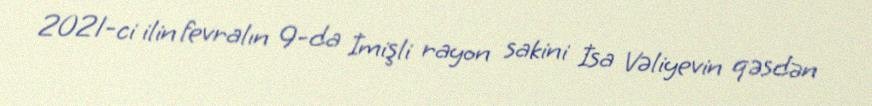
2021-ci ilin fevralın 9-da İmişli rayon sakini İsa Vəliyevin qəsdən